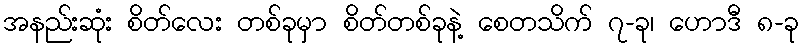
အနည်းဆုံး စိတ်လေး တစ်ခုမှာ စိတ်တစ်ခုနဲ့ စေတသိက် ၇-ခု၊ ဟောဒီ ၈-ခု